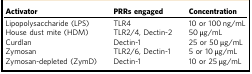
<table><thead><tr><td><b>Activator</b></td><td><b>PRRs engaged</b></td><td><b>Concentration</b></td></tr></thead><tbody><tr><td>Lipopolysaccharide (LPS)</td><td>TLR4</td><td>10 or 100 ng/mL</td></tr><tr><td>House dust mite (HDM)</td><td>TLR2/4, Dectin-2</td><td>50 μg/mL</td></tr><tr><td>Curdlan</td><td>Dectin-1</td><td>25 or 50 μg/mL</td></tr><tr><td>Zymosan</td><td>TLR2/6, Dectin-1</td><td>5 or 10 μg/mL</td></tr><tr><td>Zymosan-depleted (ZymD)</td><td>Dectin-1</td><td>10 or 25 μg/mL</td></tr></tbody></table>